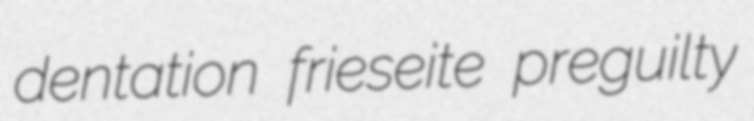
dentation frieseite preguilty